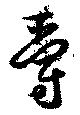
爵